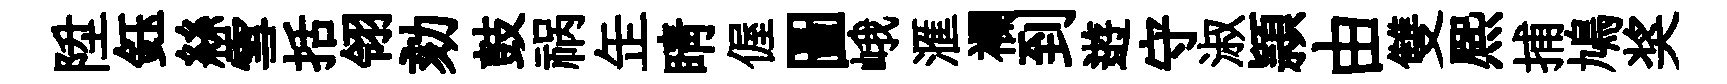
陞鈺絲雪括翎劾鼓祸𦈢睛偓圖峨滙襴到逰守淑頴由雙熈捕鳩奖